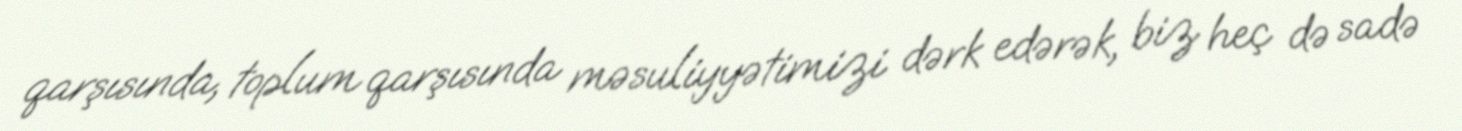
qarşısında, toplum qarşısında məsuliyyətimizi dərk edərək, biz heç də sadə